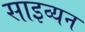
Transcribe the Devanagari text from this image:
साइव्यन